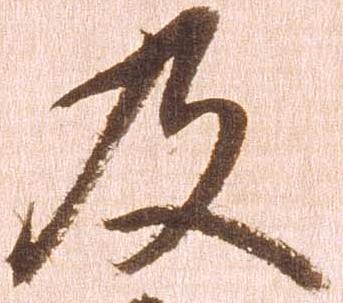
及